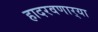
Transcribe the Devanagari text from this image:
हादरवणार्‍या